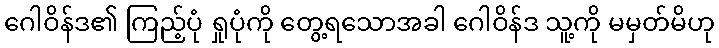
ဂေါဝိန်ဒ၏ ကြည့်ပုံ ရှုပုံကို တွေ့ရသောအခါ ဂေါဝိန်ဒ သူ့ကို မမှတ်မိဟု